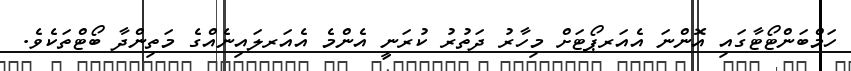
ހަމްބަންޓޯޓާގައި އޮންނަ އެއަރޕޯޓަށް މިހާރު ދަތުރު ކުރަނީ އެންމެ އެއަރލައިނެއްގެ މަތިންދާ ބޯޓްތަކެވެ.